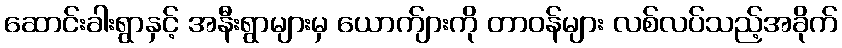
ဆောင်းခါးရွာနှင့် အနီးရွာများမှ ယောက်ျားကို တာဝန်များ လစ်လပ်သည့်အခိုက်